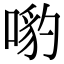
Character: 𠹕